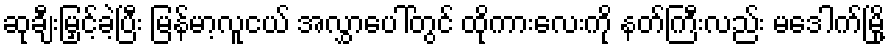
ဆုချီးမြှင့်ခဲ့ပြီး မြန်မာ့လူငယ် အလွှာပေါ်တွင် ထိုကားလေးကို နတ်ကြီးလည်း မဒေါက်မြို့